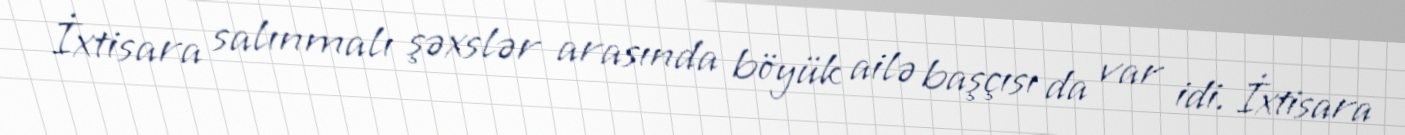
İxtisara salınmalı şəxslər arasında böyük ailə başçısı da var idi. İxtisara